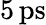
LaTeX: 5\, \mathrm{ps}